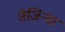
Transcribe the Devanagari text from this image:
तेजिन्दर